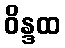
ဝိန္ဒထ